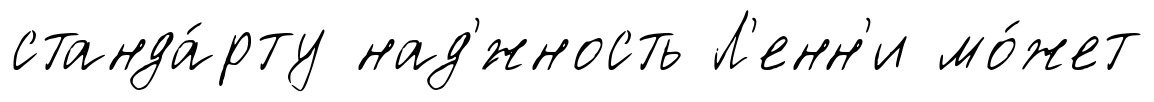
станда́рту над'́жность Л'енн'и мо́жет